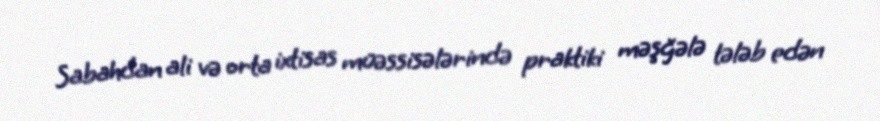
Sabahdan ali və orta ixtisas müəssisələrində praktiki məşğələ tələb edən